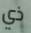
ذي